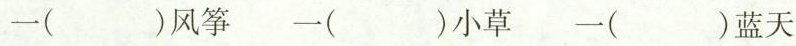
一( )风筝 一( )小草 一( )蓝天